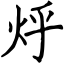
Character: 烀